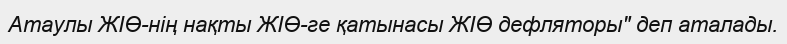
Атаулы ЖІӨ-нің нақты ЖІӨ-ге қатынасы ЖІӨ дефляторы" деп аталады.